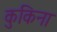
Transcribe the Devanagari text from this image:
कुकिना